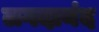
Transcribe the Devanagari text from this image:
लगदानंद